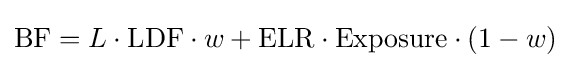
\mathrm {BF} =L\cdot \mathrm {LDF} \cdot w+\mathrm {ELR} \cdot \mathrm {Exposure} \cdot (1-w)